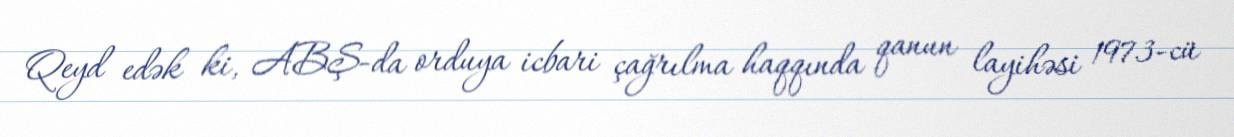
Qeyd edək ki, ABŞ-da orduya icbari çağrılma haqqında qanun layihəsi 1973-cü